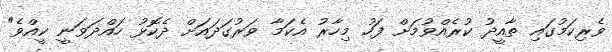
ވެރިކަމުގައި ތާއީދު ކުރެއްވުމަށް ފަހު މިހާރު އެކަމާ ވަރުގަދައަށް ދެކޮޅު ހައްދަވަނީ ކީއްވެ"